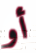
أو